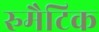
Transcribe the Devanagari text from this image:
रुमैटिक